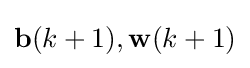
\mathbf {b} (k+1),\mathbf {w} (k+1)